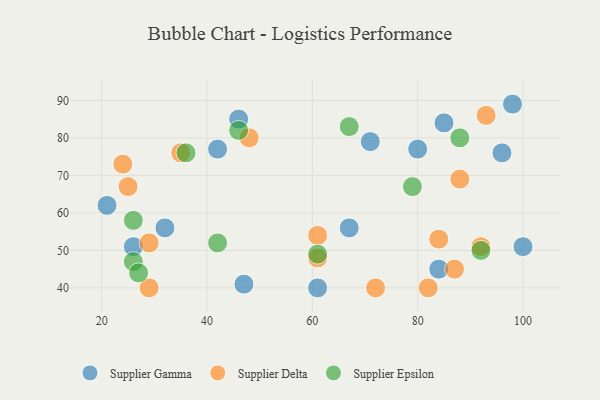
{"axis": {"x": "GDP", "y": "Life Expectancy"}, "legend": ["Supplier Delta", "Supplier Epsilon", "Supplier Gamma"], "data": [{"x": "71", "y": 79, "type": "Supplier Gamma"}, {"x": "96", "y": 76, "type": "Supplier Gamma"}, {"x": "26", "y": 51, "type": "Supplier Gamma"}, {"x": "47", "y": 41, "type": "Supplier Gamma"}, {"x": "100", "y": 51, "type": "Supplier Gamma"}, {"x": "98", "y": 89, "type": "Supplier Gamma"}, {"x": "46", "y": 85, "type": "Supplier Gamma"}, {"x": "32", "y": 56, "type": "Supplier Gamma"}, {"x": "85", "y": 84, "type": "Supplier Gamma"}, {"x": "61", "y": 40, "type": "Supplier Gamma"}, {"x": "42", "y": 77, "type": "Supplier Gamma"}, {"x": "21", "y": 62, "type": "Supplier Gamma"}, {"x": "67", "y": 56, "type": "Supplier Gamma"}, {"x": "84", "y": 45, "type": "Supplier Gamma"}, {"x": "80", "y": 77, "type": "Supplier Gamma"}, {"x": "87", "y": 45, "type": "Supplier Delta"}, {"x": "93", "y": 86, "type": "Supplier Delta"}, {"x": "35", "y": 76, "type": "Supplier Delta"}, {"x": "25", "y": 67, "type": "Supplier Delta"}, {"x": "61", "y": 48, "type": "Supplier Delta"}, {"x": "29", "y": 40, "type": "Supplier Delta"}, {"x": "24", "y": 73, "type": "Supplier Delta"}, {"x": "92", "y": 51, "type": "Supplier Delta"}, {"x": "29", "y": 52, "type": "Supplier Delta"}, {"x": "48", "y": 80, "type": "Supplier Delta"}, {"x": "82", "y": 40, "type": "Supplier Delta"}, {"x": "88", "y": 69, "type": "Supplier Delta"}, {"x": "72", "y": 40, "type": "Supplier Delta"}, {"x": "61", "y": 54, "type": "Supplier Delta"}, {"x": "84", "y": 53, "type": "Supplier Delta"}, {"x": "42", "y": 52, "type": "Supplier Epsilon"}, {"x": "46", "y": 82, "type": "Supplier Epsilon"}, {"x": "26", "y": 47, "type": "Supplier Epsilon"}, {"x": "67", "y": 83, "type": "Supplier Epsilon"}, {"x": "79", "y": 67, "type": "Supplier Epsilon"}, {"x": "92", "y": 50, "type": "Supplier Epsilon"}, {"x": "36", "y": 76, "type": "Supplier Epsilon"}, {"x": "88", "y": 80, "type": "Supplier Epsilon"}, {"x": "61", "y": 49, "type": "Supplier Epsilon"}, {"x": "26", "y": 58, "type": "Supplier Epsilon"}, {"x": "27", "y": 44, "type": "Supplier Epsilon"}]}